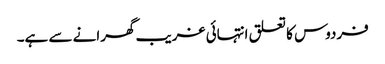
فردوس کا تعلق انتہائی غریب گھرانے سے ہے۔